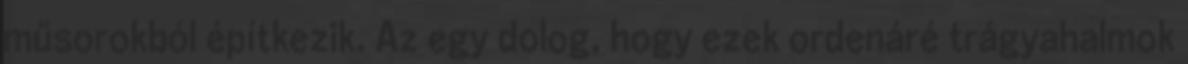
műsorokból építkezik. Az egy dolog, hogy ezek ordenáré trágyahalmok